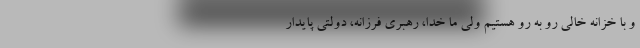
و با خزانه خالی رو به رو هستیم ولی ما خدا، رهبری فرزانه، دولتی پایدار